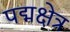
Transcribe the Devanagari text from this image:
पद्मक्षेत्र